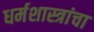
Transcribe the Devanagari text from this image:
धर्मशास्त्रांचा